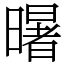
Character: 龧